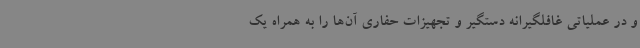
و در عملیاتی غافلگیرانه دستگیر و تجهیزات حفاری آن‌ها را به همراه یک